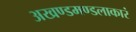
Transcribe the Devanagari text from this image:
अखण्डमण्डलाकारं